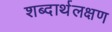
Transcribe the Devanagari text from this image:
शब्दार्थलक्षण